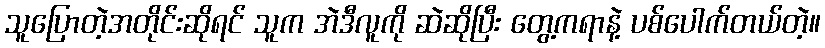
သူပြောတဲ့အတိုင်းဆိုရင် သူက အဲဒီလူကို ဆဲဆိုပြီး တွေ့ကရာနဲ့ ပစ်ပေါက်တယ်တဲ့။